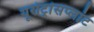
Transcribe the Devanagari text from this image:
यूरोट्रांसप्लांट